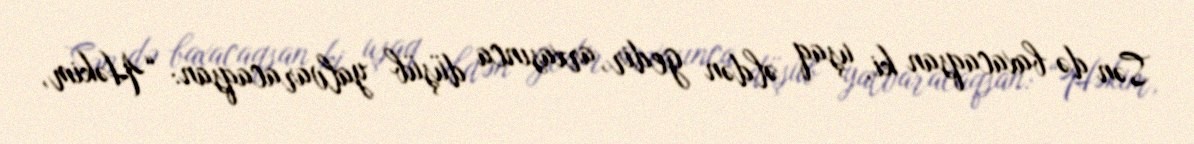
Sən də baxacaqsan ki, uşaq əldən gedir, arxasınca düşüb yalvaracaqsan: “Həkim,